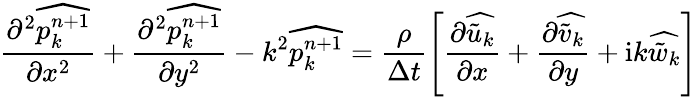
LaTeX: \frac{\partial^{2}\widehat{p_{k}^{n+1}}}{\partial x^{2}}+\frac{\partial^{2}\widehat{p_{k}^{n+1}}}{\partial y^{2}}-k^{2}\widehat{p_{k}^{n+1}}=\frac{\rho}{\Delta t}\left[\frac{\partial\widehat{\tilde{u}_{k}}}{\partial x}+\frac{\partial\widehat{\tilde{v}_{k}}}{\partial y}+\mathrm{i}k\widehat{\tilde{w}_{k}}\right]